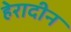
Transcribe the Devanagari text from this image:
हेरादीन